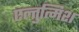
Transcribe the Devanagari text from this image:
एल्तुत्मिश